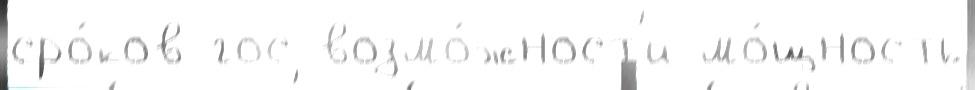
сро́ков гос возмо́жност'и мо́щность